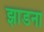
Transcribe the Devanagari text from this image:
झाडना